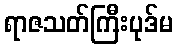
ရာဇသတ်ကြီးပုဒ်မ